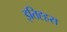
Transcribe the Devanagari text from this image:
इतिह्हस